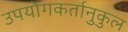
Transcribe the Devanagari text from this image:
उपयोगकर्तानुकुल